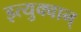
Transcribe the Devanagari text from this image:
इत्युक्वान्